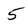
Character: 5